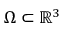
\Omega \subset \mathbb { R } ^ { 3 }